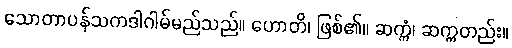
သောတာပန်သကဒါဂါမ်မည်သည်။ ဟောတိ၊ ဖြစ်၏။ ဆက္ကံ၊ ဆက္ကတည်း။